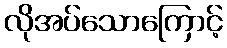
လိုအပ်သောကြောင့်